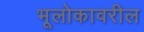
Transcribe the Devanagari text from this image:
भूलोकावरील